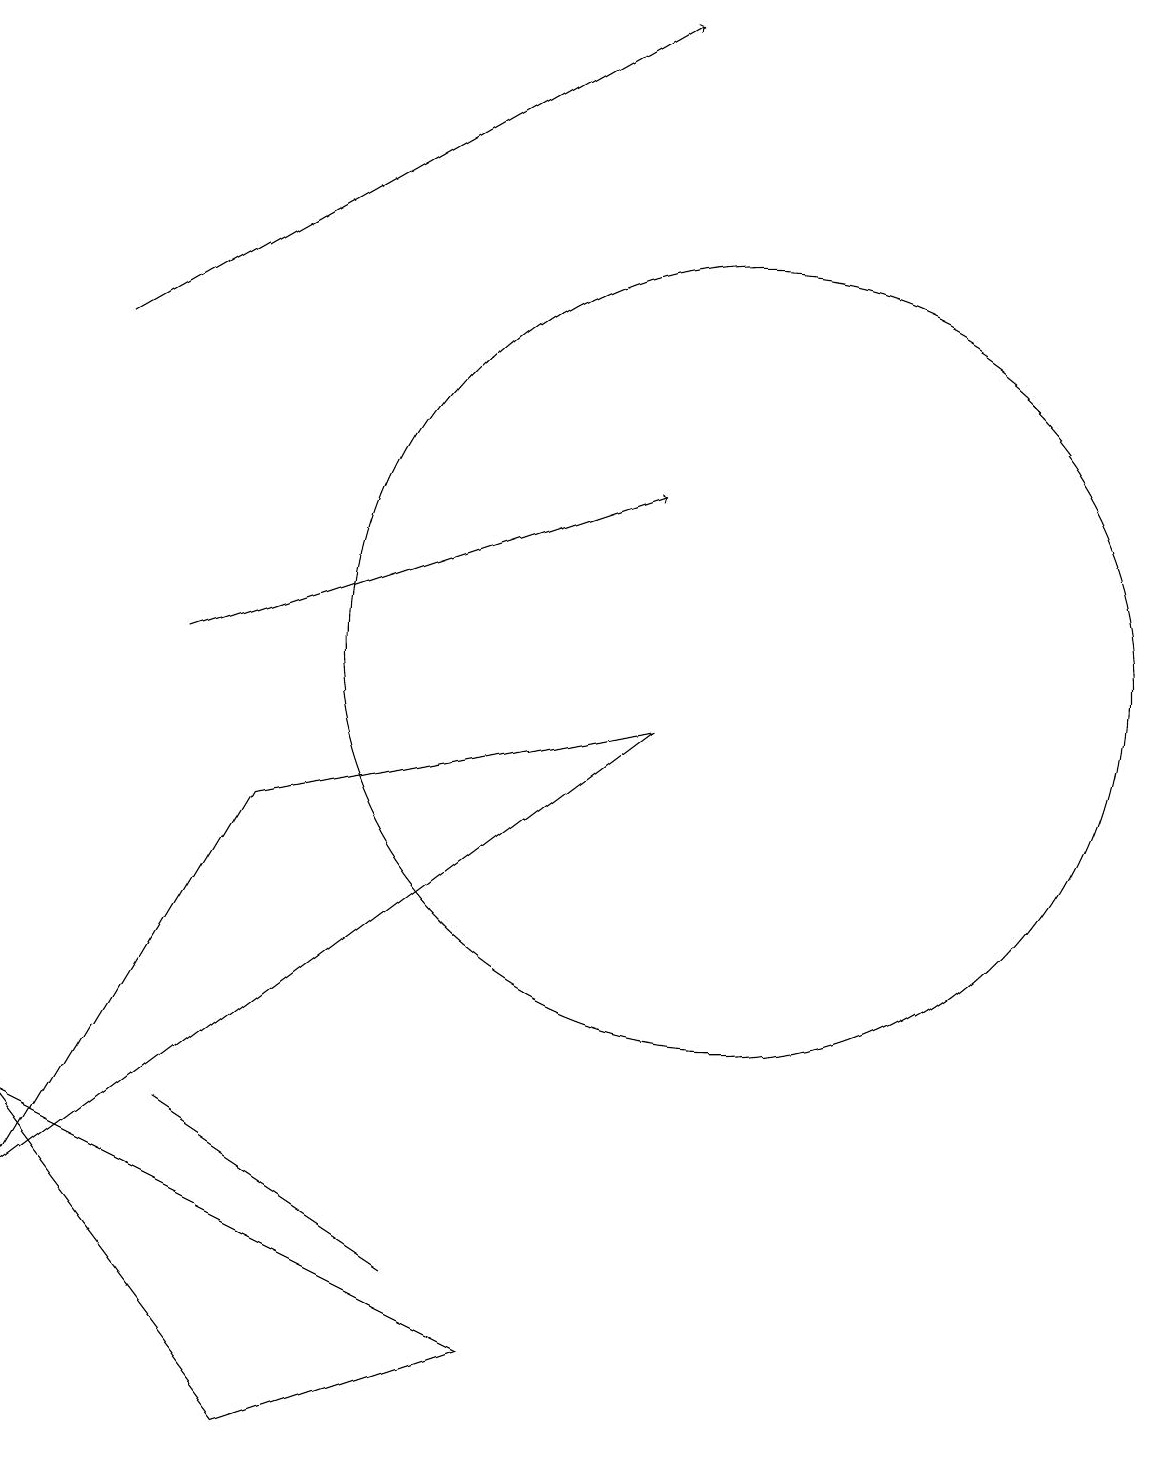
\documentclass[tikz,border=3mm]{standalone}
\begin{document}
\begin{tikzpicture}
\draw (3,4) -- (6,2) -- (6,2) -- cycle;
\draw (10,10) circle (5);
\draw[->] (2,14) -- (9,18);
\draw[->] (3,10) -- (9,12);
\draw (7,1) -- (4,0) -- (1,4) -- cycle;
\draw (11,11) circle (0);
\draw (4,8) -- (1,3) -- (9,9) -- cycle;
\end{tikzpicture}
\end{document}